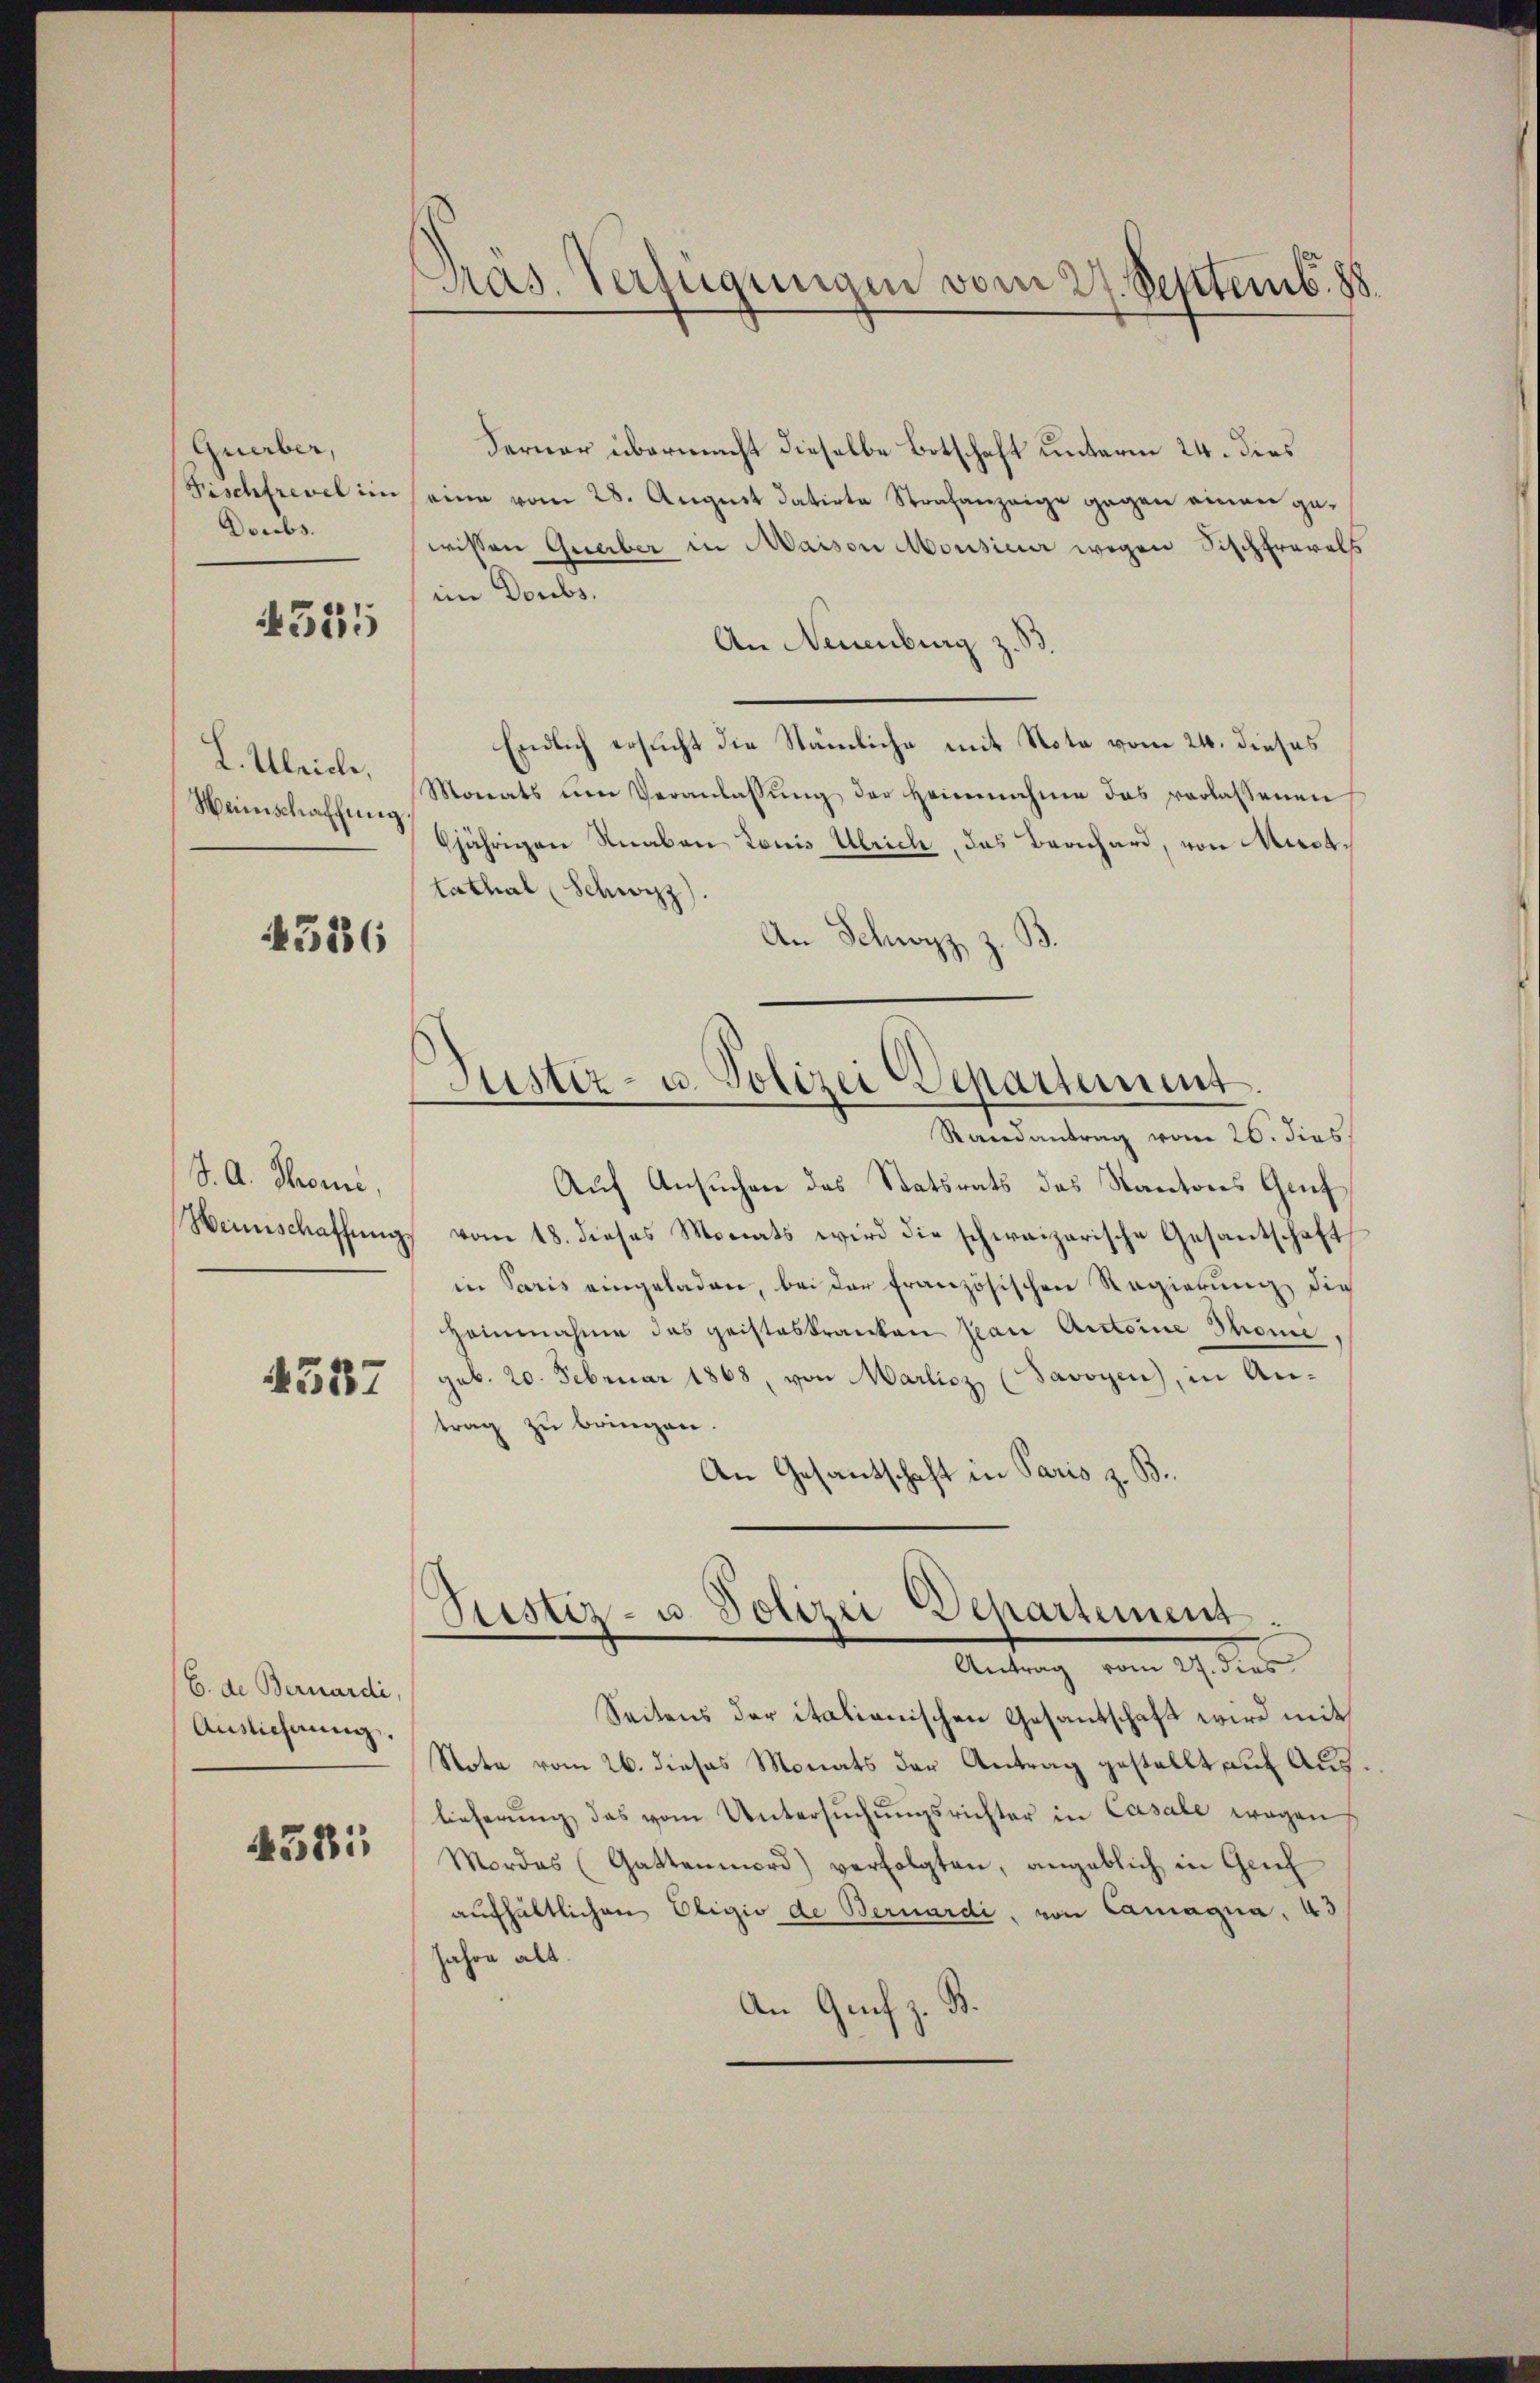
Querber,
Fischfrevel im
Doubs.

4355

L. Ulriche,
Weinschaffung

4526

J. A. Thomi,
Weinschaffung.

4537

C. de Bernardi,
Auslicherung.

458:

Pras. Verfügungen vom 24 Septemb. 88

Jüster- u. Polizei Departement.
Randantrag vom 26. dies

Ferner übermacht dieselbe Botschaft unterm 24. dies
eine vom 28. August datirte Strafanzeige gegen einen gewissen Querber in Maison Mousiner wegen Fischfrevels
im Doubs.
An Neuenburg z. S
Endlich ersucht die Stämliche mit Nota vom 24. dieses
Monats ŭm Veranlassŭng der Heimnahme das verlassenen
8jährigen Knaben Louis Ulrich, das Bernhard, von Muttathal (Schwyz)
An Schwyz z.
Auf Ansuchen des Statsrats des Kantons Gruf
vom 18. dieses Monats wird die schweizerische Gesantschaft
in Paris eingeladen, bei der französischen Regierung die
Hoinnahme des geisteskranken man Antoine Thome
geb. 20. Februar 1868, von Marlicz (Savoyen, in An-
trag zu bringen.
An Gesandtschaft in Paris z. B.
Pustiz- u. Polizei Departemens
Antrag vom 27. dies
Seitens der italienischen Gesantschaft wird mit
Note vom 26. dieses Monats der Antrag gestellt auf Aus
lieferŭng das vom Untersŭchŭngsrichter in Casale wegen
Mordes (Gattenmord) verfolgten, angeblich in Gei
aufhältlichen Eligio de Bernardi, von Camagna. 43
Jahre alt.
An Grif z. B.